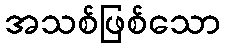
အသစ်ဖြစ်သော